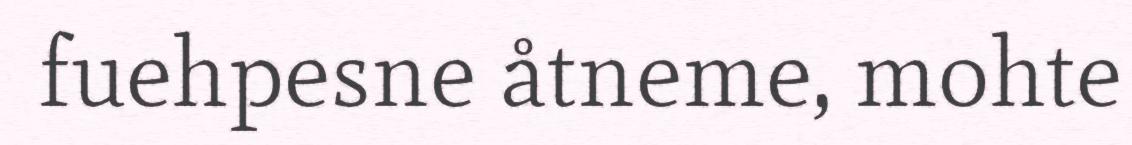
fuehpesne åtneme, mohte